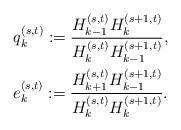
LaTeX: \begin{align*}&q_{k}^{(s,t)}:=\frac{H_{k-1}^{(s,t)}H_{k}^{(s+1,t)}}{H_{k}^{(s,t)}H_{k-1}^{(s+1,t)}},\\&e_k^{(s,t)}:=\frac{H_{k+1}^{(s,t)}H_{k-1}^{(s+1,t)}}{H_{k}^{(s,t)}H_{k}^{(s+1,t)}}.\end{align*}